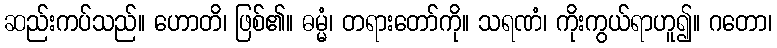
ဆည်းကပ်သည်။ ဟောတိ၊ ဖြစ်၏။ ဓမ္မံ၊ တရားတော်ကို။ သရဏံ၊ ကိုးကွယ်ရာဟူ၍။ ဂတော၊